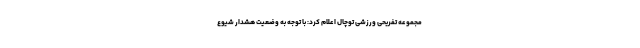
مجموعه تفریحی ورزشی توچال اعلام کرد: با توجه به وضعیت هشدار شیوع